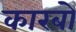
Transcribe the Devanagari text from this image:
कारबो